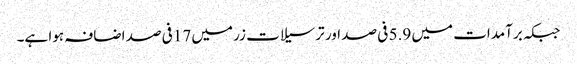
جبکہ برآمدات میں 5.9 فی صد اور ترسیلات زر میں 17فی صد اضافہ ہوا ہے۔